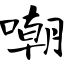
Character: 嘲